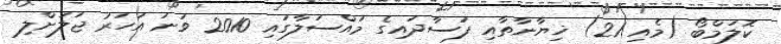
ކޮލަމްބޯ (މެއި 21) ޚިޔާނާތާއި ފަސާދައިގެ މައްސަލާގައި 2010 ވަނަ އަހަރު ޖަލަށްލި